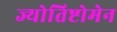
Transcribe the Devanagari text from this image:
ज्योतिष्टोमेन